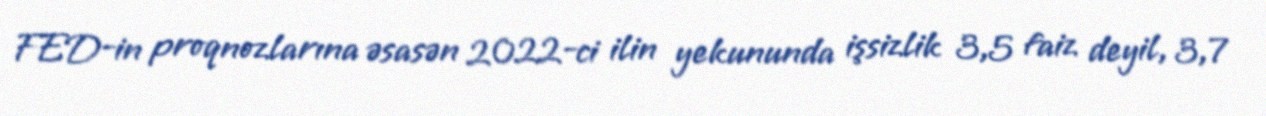
FED-in proqnozlarına əsasən 2022-ci ilin yekununda işsizlik 3,5 faiz deyil, 3,7